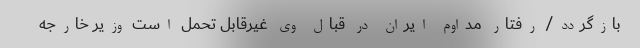
بازگردد/ رفتار مداوم ایران در قبال وی غیرقابل تحمل است وزیر خارجه